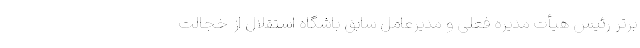
برتر رئیس هیأت مدیره فعلی و مدیرعامل سابق باشگاه استقلال از خجالت